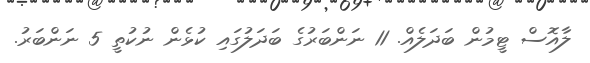
ލާއޮސް ޓީމުން ބަދަލެއް. 11 ނަންބަރުގެ ބަދަލުގައި ކުޅެން ނުކުތީ 5 ނަންބަރު.